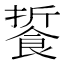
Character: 䭁